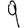
Digit: 9